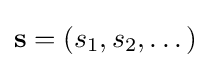
\mathbf {s} =(s_{1},s_{2},\dots )